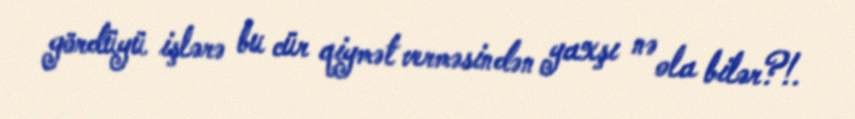
gördüyü işlərə bu cür qiymət verməsindən yaxşı nə ola bilər?!.